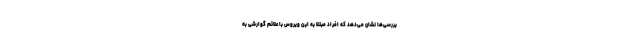
بررسی‌ها نشان می‌دهد که افراد مبتلا به این ویروس با علائم گوارشی به